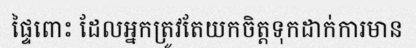
ផ្ទៃពោះ ដែលអ្នកត្រូវតែយកចិត្តទុកដាក់ការមាន